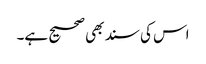
اس کی سند بھی صحیح ہے۔